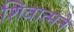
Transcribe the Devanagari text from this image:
शिवात्मने